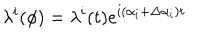
LaTeX: \lambda ^ { i } ( \phi ) = \lambda ^ { i } ( t ) e ^ { i \left( \alpha _ { i } + \Delta \alpha _ { i } \right) t }